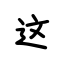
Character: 这